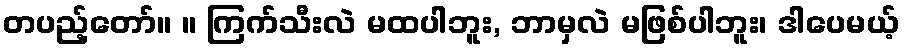
တပည့်တော်။ ။ ကြက်သီးလဲ မထပါဘူး, ဘာမှလဲ မဖြစ်ပါဘူး၊ ဒါပေမယ့်